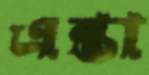
এন্তা